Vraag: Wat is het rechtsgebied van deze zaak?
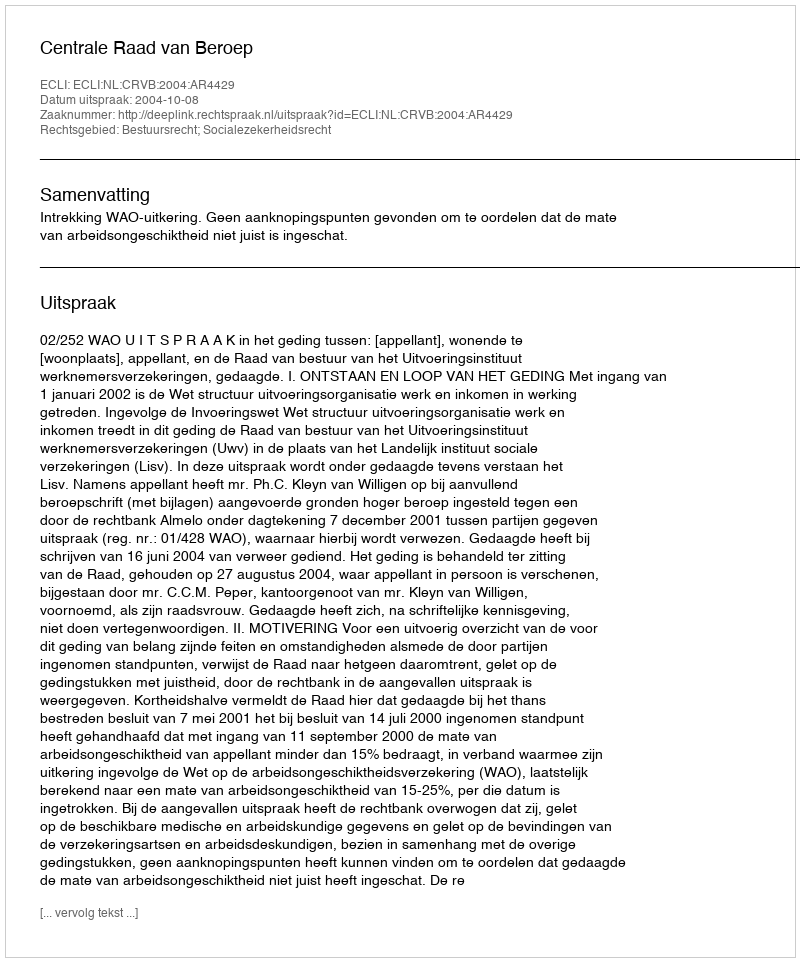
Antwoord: Bestuursrecht; Socialezekerheidsrecht